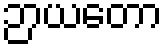
ဉာယတော